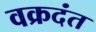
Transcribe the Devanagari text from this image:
वक्रदंत